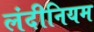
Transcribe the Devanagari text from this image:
लंदीनियम